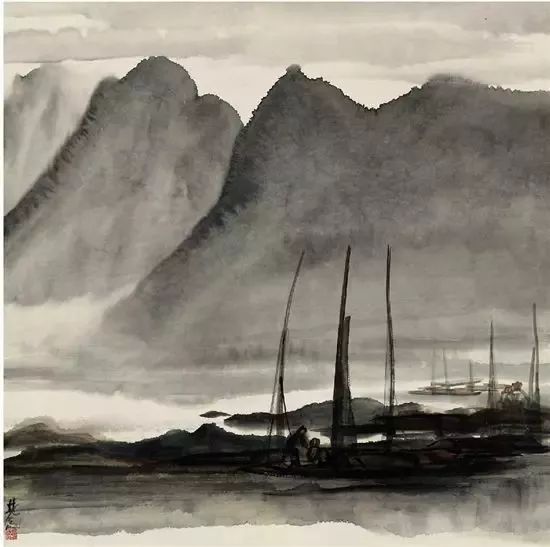
红粉当垆弱柳垂，金花腊酒解酴醿。